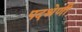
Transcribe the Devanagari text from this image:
पदश्रेणी